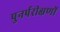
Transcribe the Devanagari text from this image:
पुनर्परीक्षणों